Vaccination in Bombay 1856-1862 - 1856-1862
Year: 1856
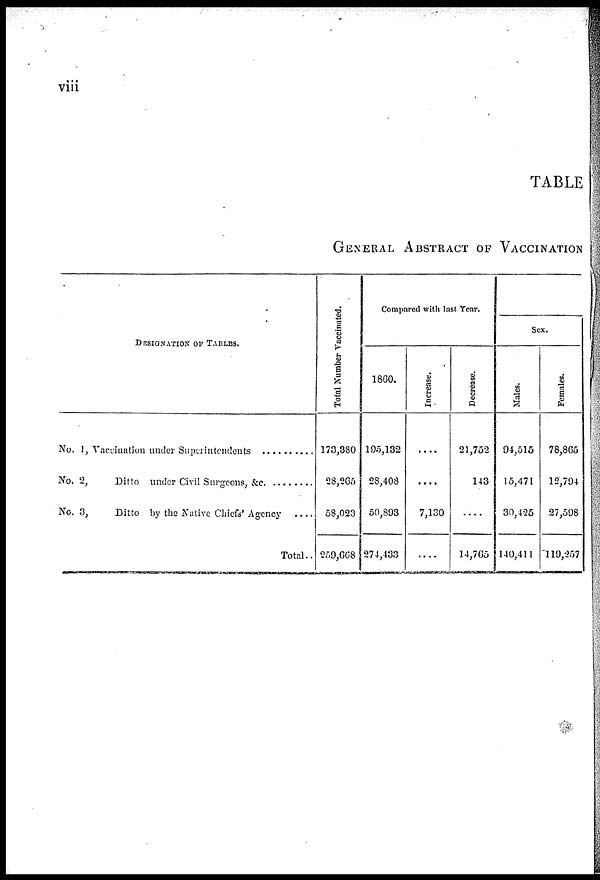
viii
TABLE
GENERAL ABSTRACT OF VACCINATION
DESIGNATION OF TABLES.
No.1, Vaccination under Superintendents ..........
No. 2,
Ditto under Civil Surgeons, &c. ........
No. 3,
Ditto by the Native Chiefs' Agency
....
Total..
Total Number Vaccinated.
173,380
28,265
58,023
259,668
Compared with last Year.
1860.
195,132
28,408
50,893
274,433
Increase.
....
....
7,130
....
Decrease.
21,752
143
....
14,765
Sex.
Males.
94,515
15,471
30,425
140,411
Females.
78,865
12,794
27,598
119,257